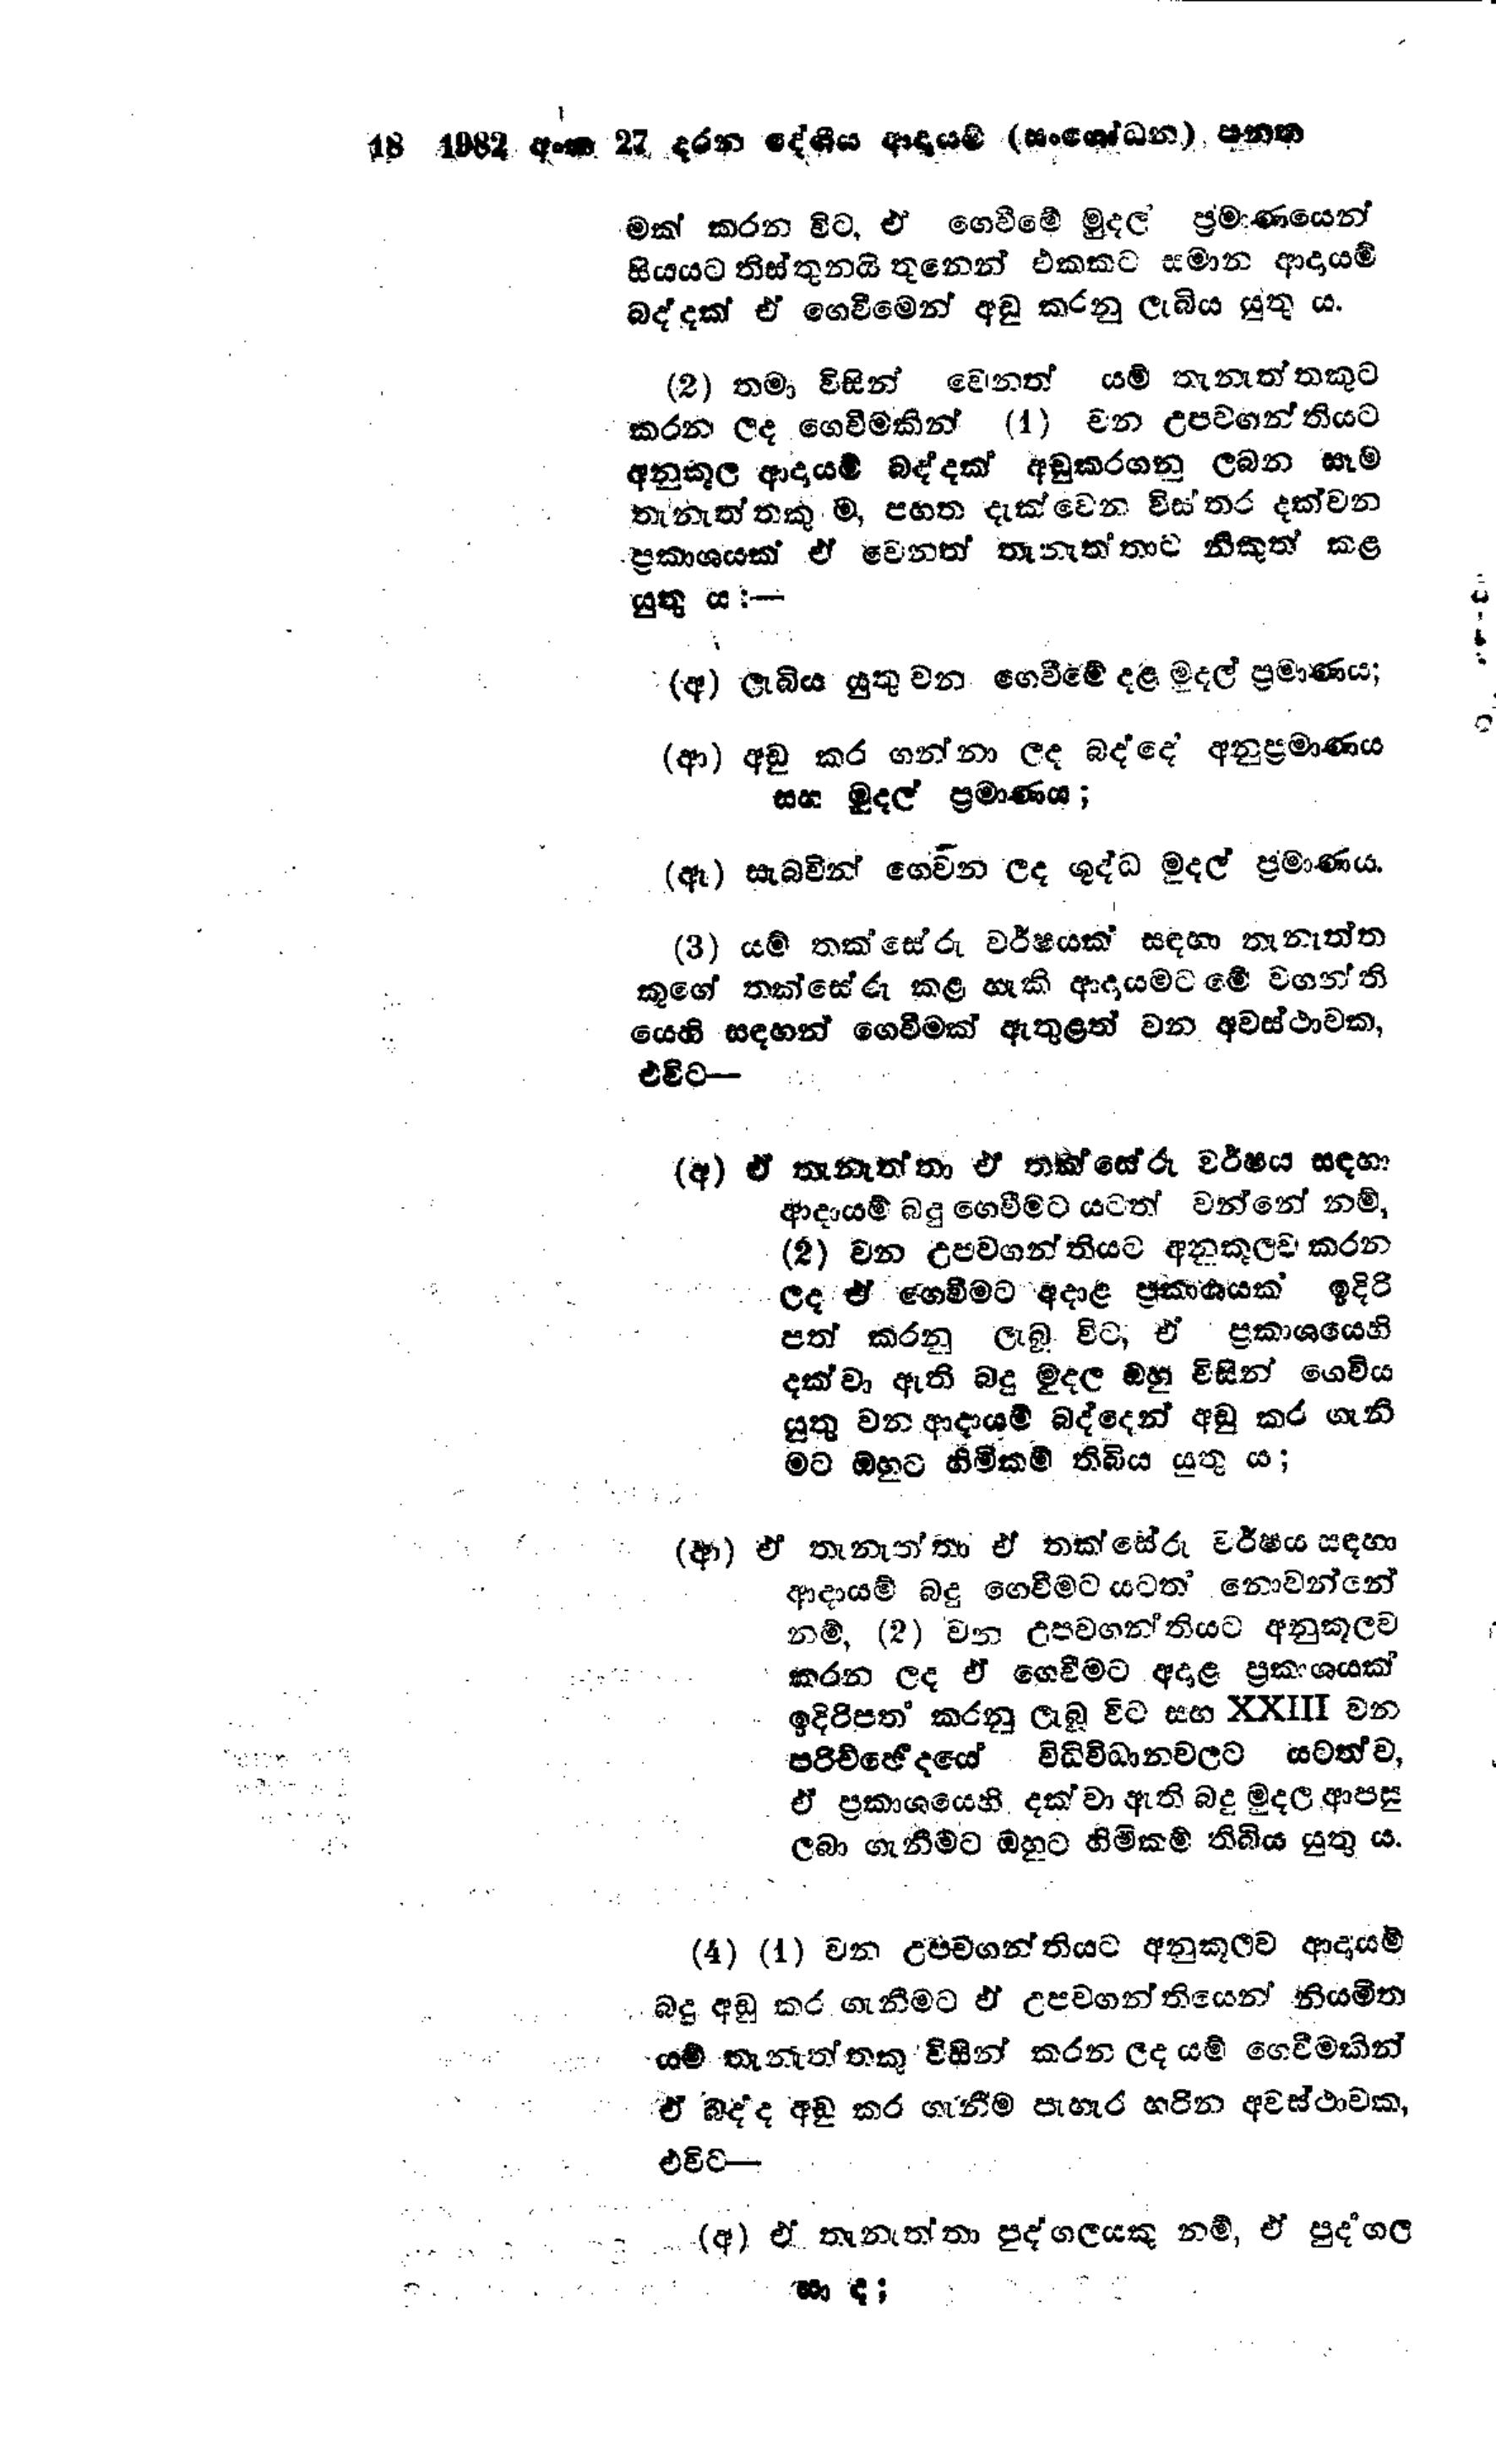
18 1982 අංක 27 දරන දේශීය ආදායම් (සංශෝධන) පනත

මක් කරන විට, ඒ ගෙවීමේ මුදල් ප්‍රමාණයෙන්
සියයට තිස් තුනයි තුනෙන් එකකට සමාන ආදායම්
බද්දක් ඒ ගෙවීමෙන් අඩු කරනු ලැබිය යුතු ය.

(2) තමා විසින් වෙනත් යම් තැනැතකුට
කරන ලද ගෙවීමකින් (1) වන උපවගන්තියට
අනුකූල ආදායම් බද්දක් අඩුකරගනු ලබන සෑම
තැනැත්තකු ම, පහත දැක්වෙන විස්තර දක්වන
ප්‍රකාශයක් ඒ වෙනත් තැනැත්තාට නිකුත් කළ
යුතු ය:-

(අ) ලැබිය යුතු වන ගෙවීමේ දළ මුදල් ප්‍රමාණය;

(ආ) අඩු කර ගන්නා ලද බද්දේ අනුප්‍රමාණය
සහ මුදල් ප්‍රමාණය;

(ඈ) සැබවින් ගෙවන ලද ශුද්ධ මුදල් ප්‍රමාණය.

(3) යම් තක්සේරු වර්ෂයක් සඳහා තැනැත්ත
කුගේ තක්සේරු කළ හැකි ආදායමට මේ වගන්ති
යෙහි සඳහන් ගෙවීමක් ඇතුළත් වන අවස්ථාවක,
එවිට -

(අ) ඒ තැනැත්තා ඒ තක්සේරු වර්ෂය සඳහා
ආදායම් බදු ගෙවීමට යටත් වන්නේ නම්,
(2) වන උපවගන්තියට අනුකූලව කරන
ලද ඒ ගෙවීමට අදාළ ප්‍රකාශයක් ඉදිරි
පත් කරනු ලැබූ විට, ඒ ප්‍රකාශයෙහි
දක්වා ඇති බදු මුදල ඔහු විසින් ගෙවිය
යුතු වන ආදායම් බද්දෙන් අඩු කර ගැනී
මට ඔහුට හිමිකම් තිබිය යුතු ය;

(ආ) ඒ තැනැත්තා ඒ තක්සේරු වර්ෂය සඳහා
ආදායම් බදු ගෙවීමට යටත් නොවන්නේ
නම්, (2) වන උපවගන්තියට අනුකූලව
කරන ලද ඒ ගෙවීමට අදාළ ප්‍රකාශයක්
ඉදිරිපත් කරනු ලැබූ විට සහ XXIII වන
පරිච්ඡේදයේ විධිවිධානවලට යටත්ව,
ඒ ප්‍රකාශයෙහි දක්වා ඇති බදු මුදල ආපසු
ලබා ගැනීමට ඔහුට හිමිකම් තිබිය යුතු ය.

(4) (1) වන උපවගන්තියට අනුකූලව ආදායම්
බදු අඩු කර ගැනීමට ඒ උපවගන්තියෙන් නියමිත
යම් තැනැත්තකු විසින් කරන ලද යම් ගෙවීමකින්
ඒ බද්ද අඩු කර ගැනීම පැහැර හරින අවස්ථාවක,
එවිට-

(අ) ඒ තැනැත්තා පුද්ගලයකු නම්, ඒ පුද්ගල
සා ද;